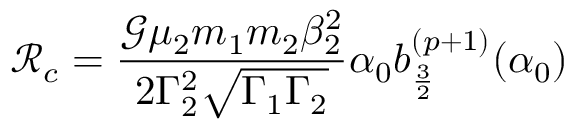
\mathcal { R } _ { c } = \frac { \mathcal { G } \mu _ { 2 } m _ { 1 } m _ { 2 } \beta _ { 2 } ^ { 2 } } { 2 \Gamma _ { 2 } ^ { 2 } \sqrt { \Gamma _ { 1 } \Gamma _ { 2 } } } \alpha _ { 0 } b _ { \frac { 3 } { 2 } } ^ { ( p + 1 ) } ( \alpha _ { 0 } )